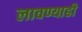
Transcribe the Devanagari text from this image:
लावण्याही